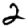
Digit: 2